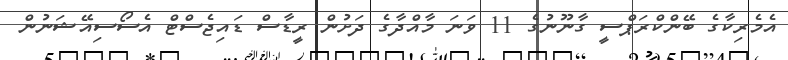
އެމެރިކާގެ ބޭންކްރަޕްސީ ގާނޫނުގެ 11 ވަނަ މާއްދާގެ ދަށުން ރީޑާސް ޑައިޖެސްޓް އެސޯސިއޭޝަނުން